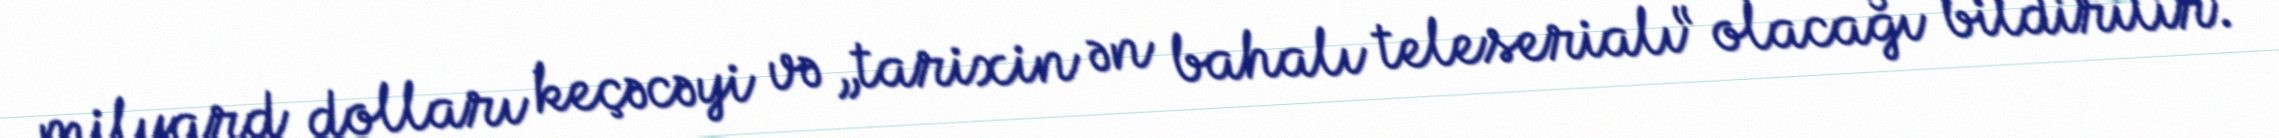
milyard dolları keçəcəyi və „tarixin ən bahalı teleserialı“ olacağı bildirilir.